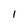
Character: l